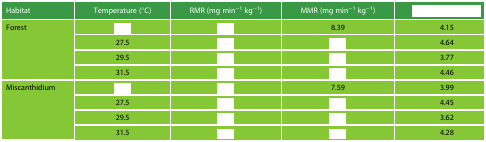
<table><thead><tr><td><b>Habitat</b></td><td><b>Temperature (°C)</b></td><td><b>RMR (mg min<sup>−1</sup> kg<sup>−1</sup>)</b></td><td><b>MMR (mg min<sup>−1</sup> kg<sup>−1</sup>)</b></td><td>[EMPTY_CELL]</td></tr></thead><tbody><tr><td rowspan="4">Forest</td><td>[EMPTY_CELL]</td><td>[EMPTY_CELL]</td><td>8.39</td><td>4.15</td></tr><tr><td>27.5</td><td>[EMPTY_CELL]</td><td>[EMPTY_CELL]</td><td>4.64</td></tr><tr><td>29.5</td><td>[EMPTY_CELL]</td><td>[EMPTY_CELL]</td><td>3.77</td></tr><tr><td>31.5</td><td>[EMPTY_CELL]</td><td>[EMPTY_CELL]</td><td>4.46</td></tr><tr><td rowspan="4">Miscanthidium</td><td>[EMPTY_CELL]</td><td>[EMPTY_CELL]</td><td>7.59</td><td>3.99</td></tr><tr><td>27.5</td><td>[EMPTY_CELL]</td><td>[EMPTY_CELL]</td><td>4.45</td></tr><tr><td>29.5</td><td>[EMPTY_CELL]</td><td>[EMPTY_CELL]</td><td>3.62</td></tr><tr><td>31.5</td><td>[EMPTY_CELL]</td><td>[EMPTY_CELL]</td><td>4.28</td></tr></tbody></table>